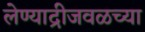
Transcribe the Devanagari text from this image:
लेण्याद्रीजवळच्या